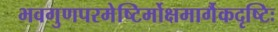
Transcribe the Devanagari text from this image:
भवगुणपरमेष्टिर्मोक्षमार्गैकदृष्टिः